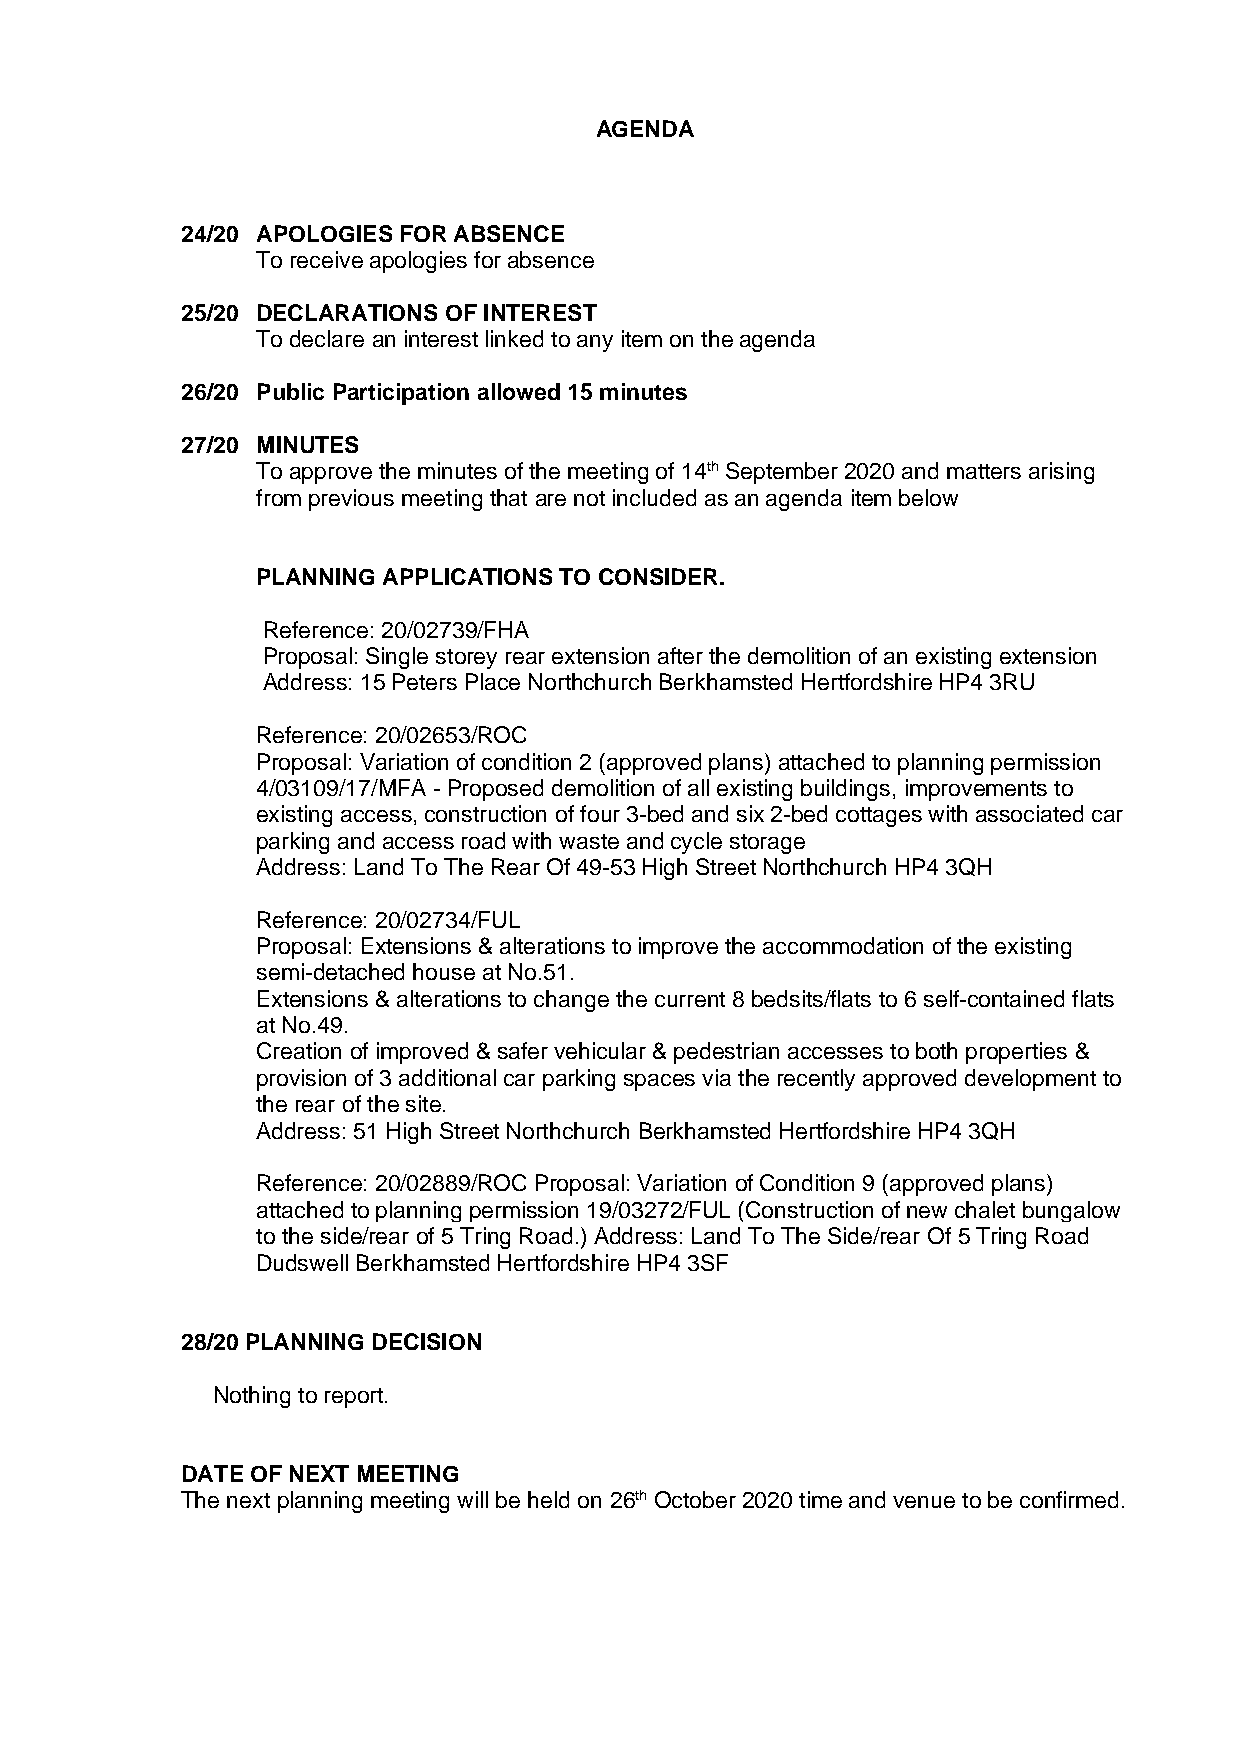
AGENDA
 24/20 APOLOGIES FOR ABSENCE
 To receive apologies for absence
 25/20 DECLARATIONS OF INTEREST
 To declare an interest linked to any item on the agenda
 26/20 Public Participation allowed 15 minutes
 27/20 MINUTES
 To approve the minutes of the meeting of 14th September 2020 and matters arising
 from previous meeting that are not included as an agenda item below
 PLANNING APPLICATIONS TO CONSIDER.
 Reference: 20/02739/FHA
 Proposal: Single storey rear extension after the demolition of an existing extension
 Address: 15 Peters Place Northchurch Berkhamsted Hertfordshire HP4 3RU
 Reference: 20/02653/ROC
 Proposal: Variation of condition 2 (approved plans) attached to planning permission
 4/03109/17/MFA - Proposed demolition of all existing buildings, improvements to
 existing access, construction of four 3-bed and six 2-bed cottages with associated car
 parking and access road with waste and cycle storage
 Address: Land To The Rear Of 49-53 High Street Northchurch HP4 3QH
 Reference: 20/02734/FUL
 Proposal: Extensions & alterations to improve the accommodation of the existing
 semi-detached house at No.51.
 Extensions & alterations to change the current 8 bedsits/flats to 6 self-contained flats
 at No.49.
 Creation of improved & safer vehicular & pedestrian accesses to both properties &
 provision of 3 additional car parking spaces via the recently approved development to
 the rear of the site.
 Address: 51 High Street Northchurch Berkhamsted Hertfordshire HP4 3QH
 Reference: 20/02889/ROC Proposal: Variation of Condition 9 (approved plans)
 attached to planning permission 19/03272/FUL (Construction of new chalet bungalow
 to the side/rear of 5 Tring Road.) Address: Land To The Side/rear Of 5 Tring Road
 Dudswell Berkhamsted Hertfordshire HP4 3SF
 28/20 PLANNING DECISION
 Nothing to report.
 DATE OF NEXT MEETING
 The next planning meeting will be held on 26th October 2020 time and venue to be confirmed.